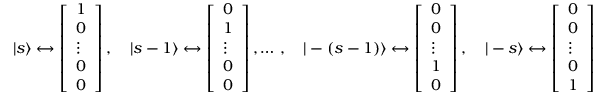
| s \rangle \leftrightarrow { \left[ \begin{array} { l } { 1 } \\ { 0 } \\ { \vdots } \\ { 0 } \\ { 0 } \end{array} \right] } \, , \quad | s - 1 \rangle \leftrightarrow { \left[ \begin{array} { l } { 0 } \\ { 1 } \\ { \vdots } \\ { 0 } \\ { 0 } \end{array} \right] } \, , \ldots \, , \quad | - ( s - 1 ) \rangle \leftrightarrow { \left[ \begin{array} { l } { 0 } \\ { 0 } \\ { \vdots } \\ { 1 } \\ { 0 } \end{array} \right] } \, , \quad | - s \rangle \leftrightarrow { \left[ \begin{array} { l } { 0 } \\ { 0 } \\ { \vdots } \\ { 0 } \\ { 1 } \end{array} \right] }